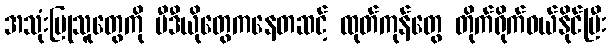
အသုံးပြုသူတွေကို ဗီဒီယိုတွေကနေတဆင့် ထုတ်ကုန်တွေ တိုက်ရိုက်ဝယ်နိုင်ပြီး